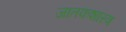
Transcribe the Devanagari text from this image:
जातकशास्त्र